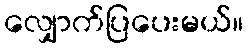
လျှောက်ပြပေးမယ်။